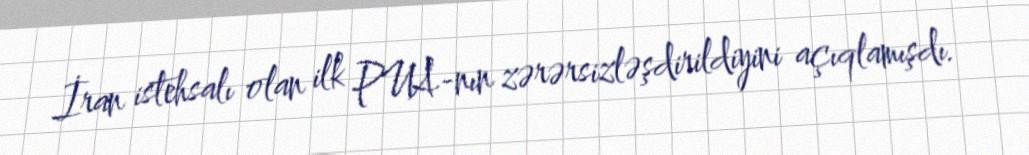
İran istehsalı olan ilk PUA-nın zərərsizləşdirildiyini açıqlamışdı.